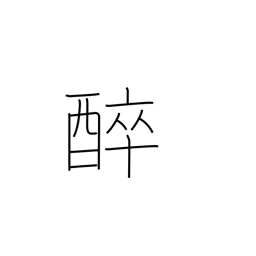
Meaning: get drunk